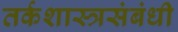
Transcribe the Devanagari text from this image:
तर्कशास्त्रसंबंधी